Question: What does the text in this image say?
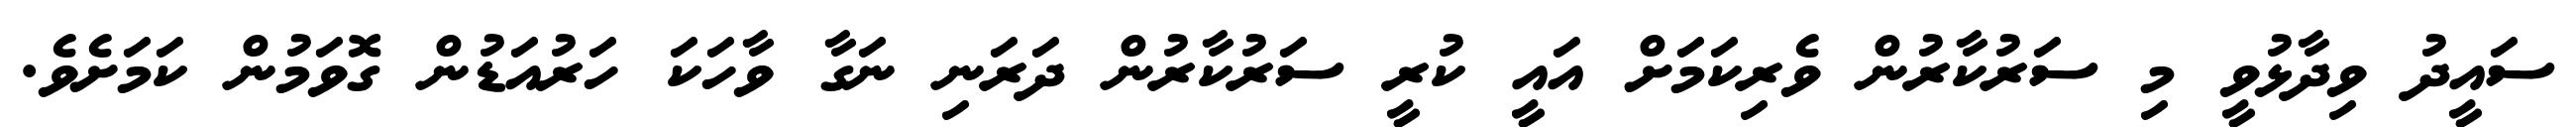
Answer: ސައީދު ވިދާޅުވީ މި ސަރުކާރުން ވެރިކަމަށް އައީ ކުރީ ސަރުކާރުން ދަރަނި ނަގާ ވާހަކަ ހަރުއަޑުން ގޮވަމުން ކަމަށެވެ.